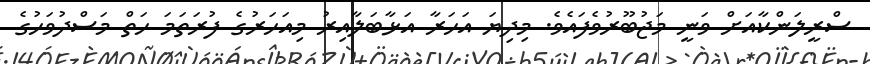
ސްރީލަންކާއަށް ވަނީ މަޖުބޫރުވެފައެވެ. މިދިޔަ އަހަރާ އަޅާބަލާއިރު މިއަހަރުގެ ފުރަތަމަ ހަތް މަސްދުވަހުގެ